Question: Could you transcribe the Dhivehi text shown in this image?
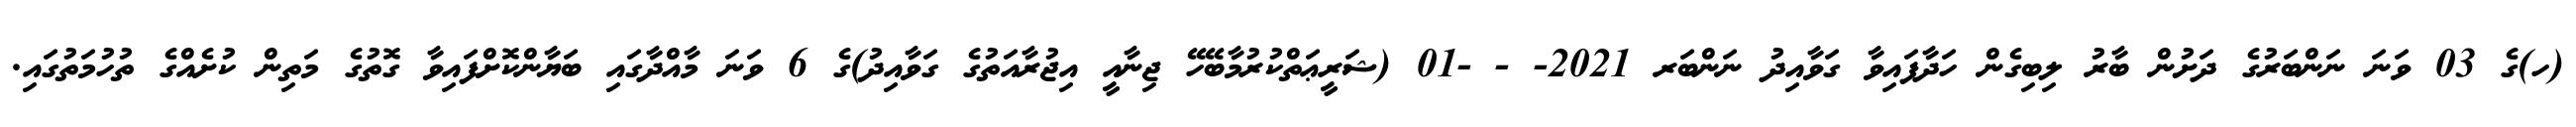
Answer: (ހ)ގެ 03 ވަނަ ނަންބަރުގެ ދަށުން ބާރު ލިބިގެން ހަދާފައިވާ ގަވާއިދު ނަންބަރ 2021- - -01 (ޝަރީޢަތްކުރުމާބޭހޭ ޖިނާއީ އިޖުރާއަތުގެ ގަވާއިދު)ގެ 6 ވަނަ މާއްދާގައި ބަޔާންކޮށްފައިވާ ގޮތުގެ މަތިން ކުށެއްގެ ތުހުމަތުގައި.